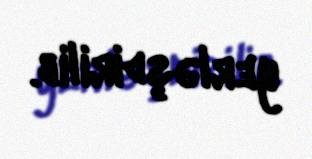
yerləşdirilib.